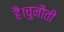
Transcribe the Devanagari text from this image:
है।चुनौती